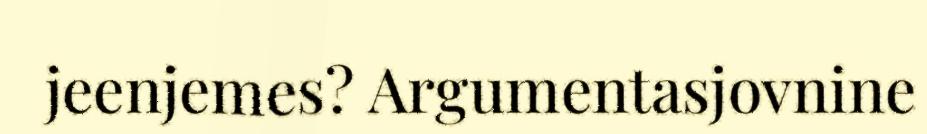
jeenjemes? Argumentasjovnine